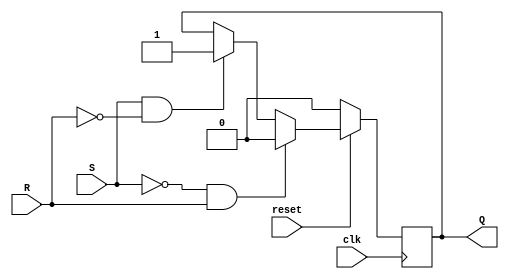
module srflipflop(Q, S, R, clk, reset);
input S, R, clk, reset;
output reg Q;
always @(negedge clk)
begin
if (reset==1'b0)
Q<=0;
else if(S==1'b0 && R==1'b1)
Q<=0;
else if (S==1'b1 && R==1'b0)
Q<=1;
end
endmodule